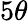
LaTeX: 5\theta